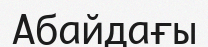
Абайдағы